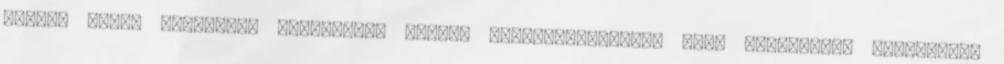
forint hedge Adómentes Állampapír letét, forintelszámolás Nagy érdeklődés Legnagyobb